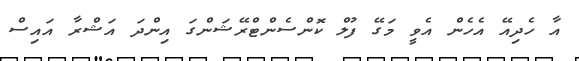
އާ ހެދިއޭ އެހެން އެވީ މަގޭ ފުލް ކޮންސެންޓްރޭޝަންގަ އިންދަ އަޝްރާ އައިސް